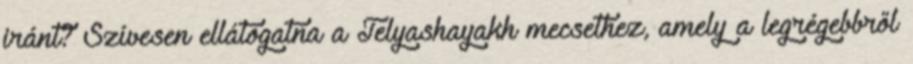
iránt? Szívesen ellátogatna a Telyashayakh mecsethez, amely a legrégebbről